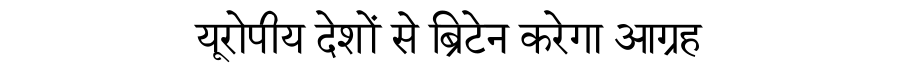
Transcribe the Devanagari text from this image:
यूरोपीय देशों से ब्रिटेन करेगा आग्रह